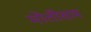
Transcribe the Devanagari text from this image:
मोतीसम